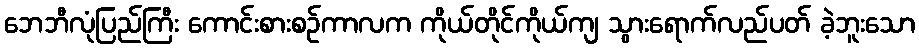
ဘေဘီလုံပြည်ကြီး ကောင်းစားစဉ်ကာလက ကိုယ်တိုင်ကိုယ်ကျ သွားရောက်လည်ပတ် ခဲ့ဘူးသော